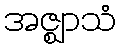
အဇ္ဈာသံ